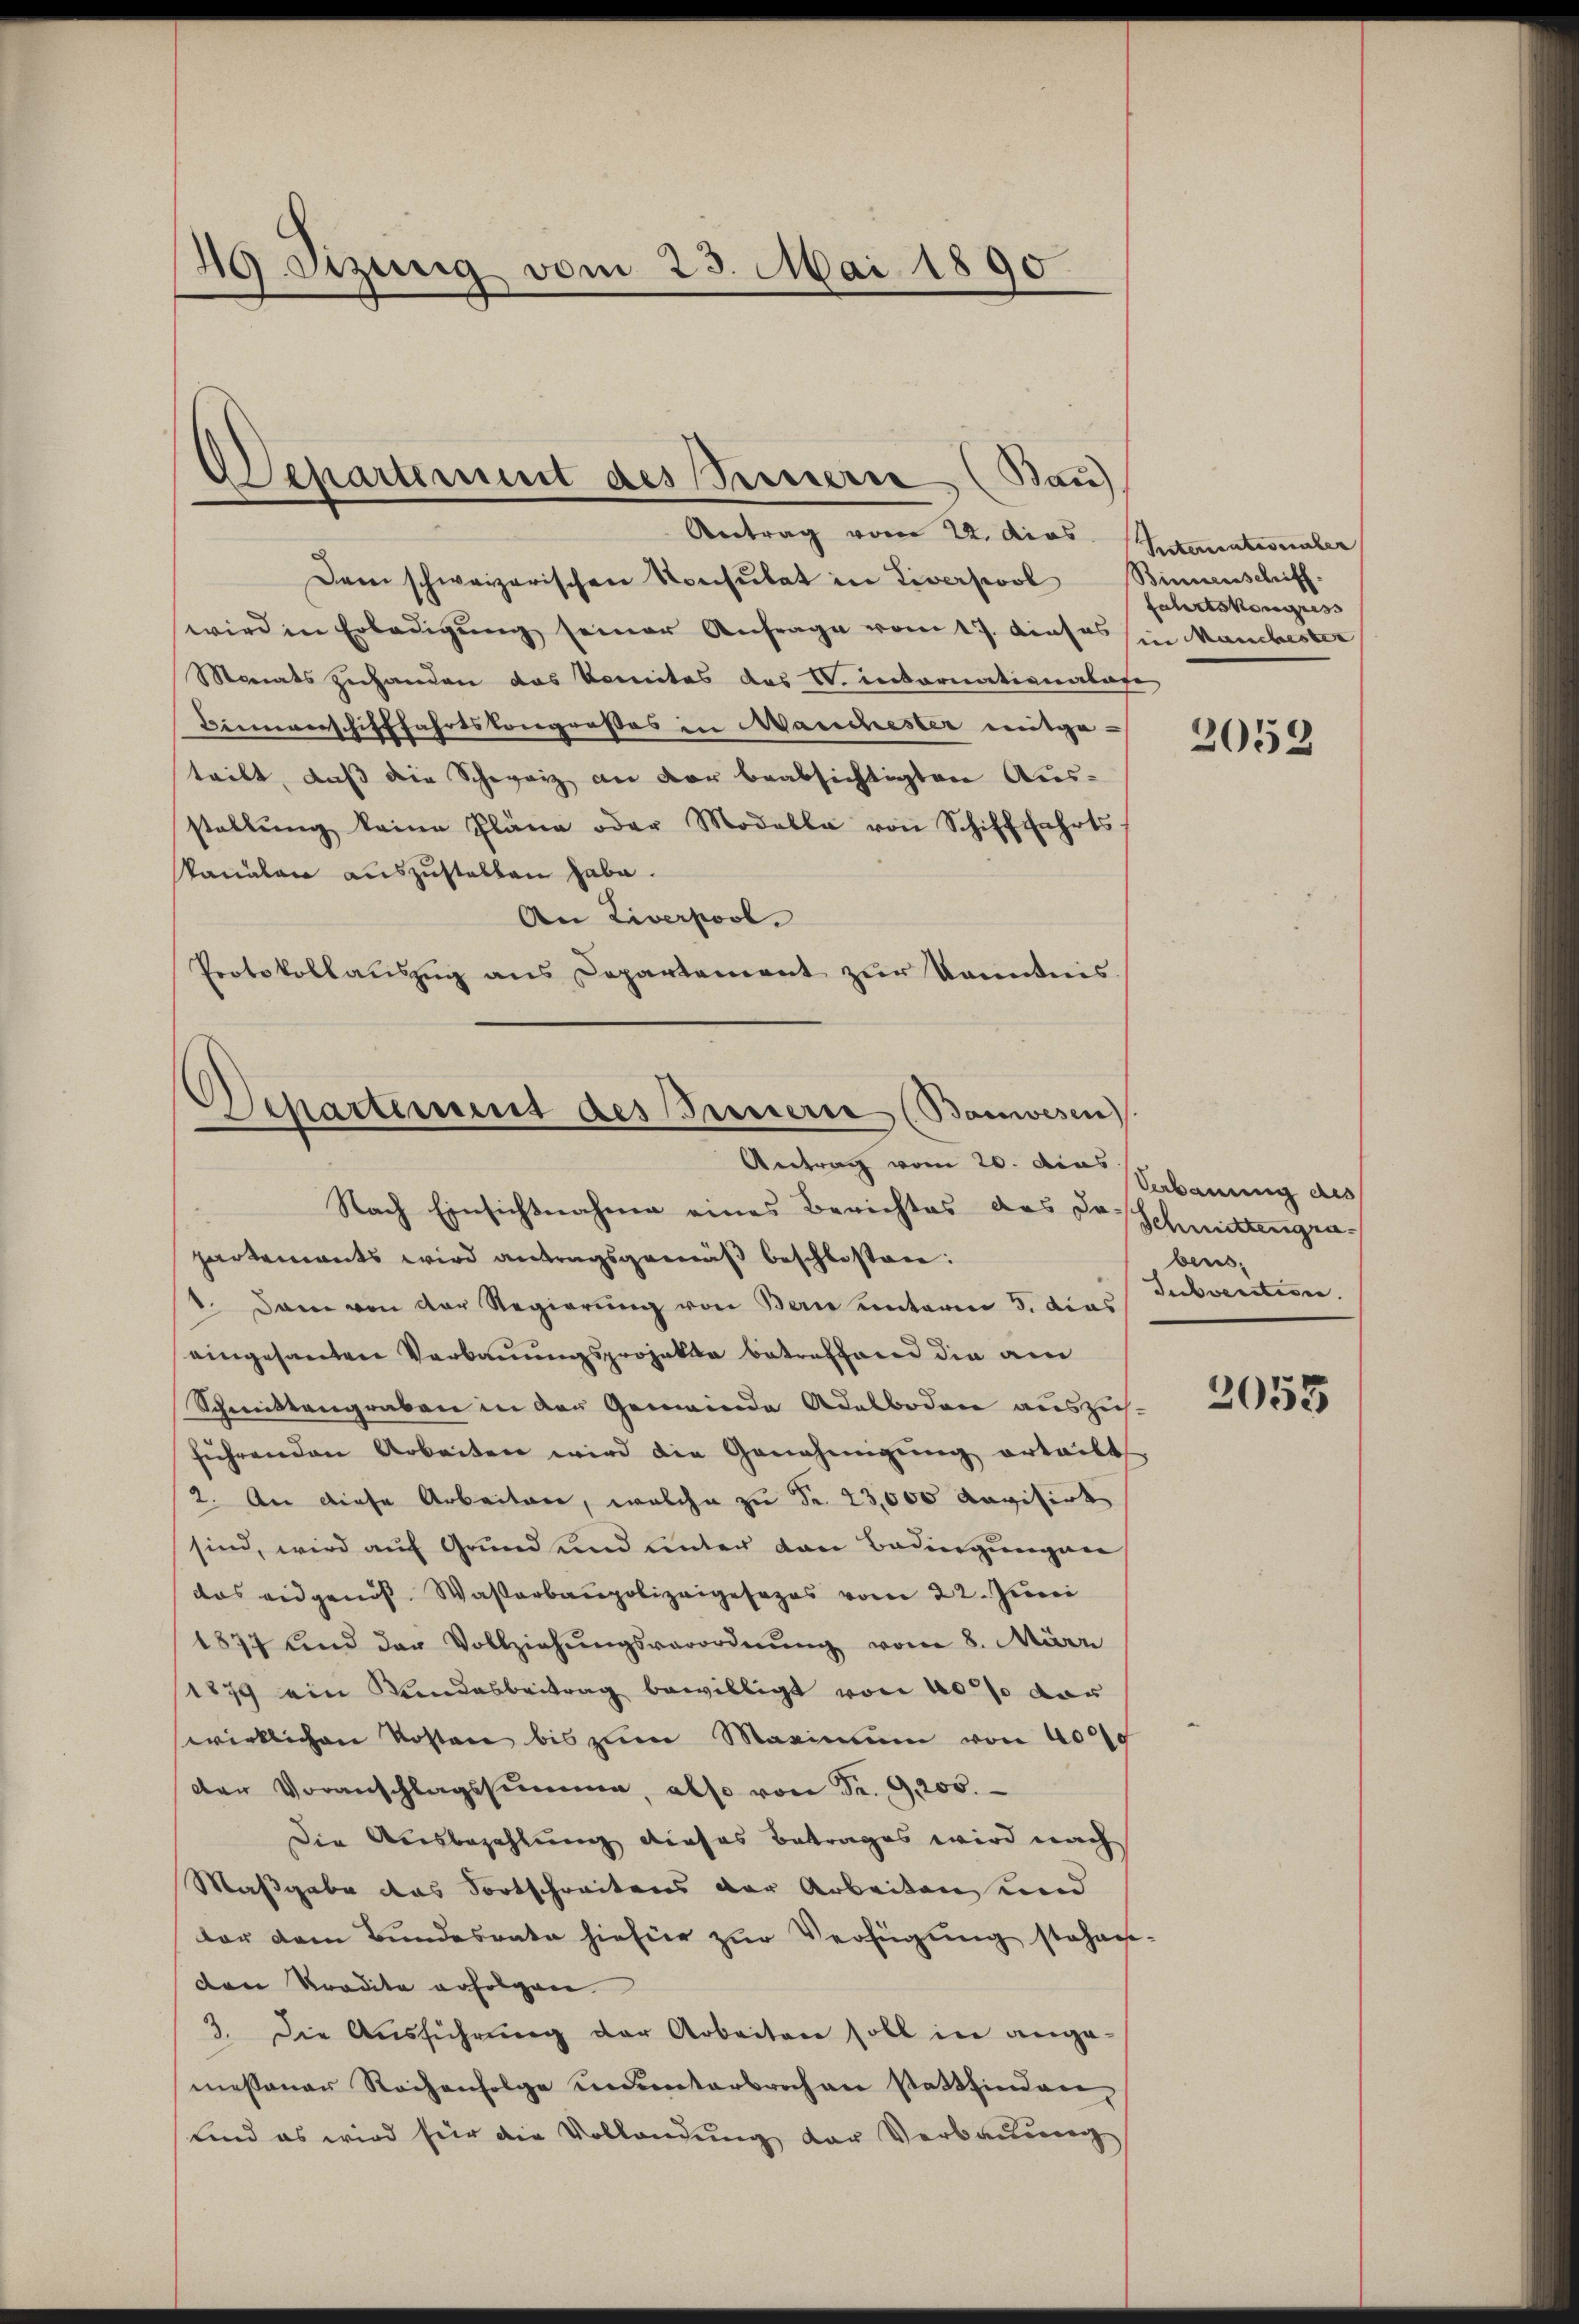
49. Jizung vom 23. Mai 1890

Antrag vom 22. das Stanationaler
Dem schweizerischen Konsulat in Liverpool Binnenschiff-
wird in Erledigung seiner Anfrage vom 17. dieses in Manchester
Monats zuhanden das Komites des V. Rectornationalafe
Binverschifffahrtskongroßes in Manchester mitgetritt, daß die Schweiz an der beabsichtigten Aus-
stellŭng keine Pläne oder Modalla von Schifffahrts-
kanalen auszustellen habe.
An Liverpool.
Protokollaŭszŭg ans Departement zŭr Kenntnis.

Departement des Seinern (Bau

Departement des Innern (Bauwesen
Antrag vom 20. dies

Nach Einsichtnahme eines Berichtes des Doschmittengen
partements wird antragsgemäß beschlossen:
. Dann von der Regierung von Bern unterm 3. dies
eingesanten Verbauungsprojekte betreffend die am
Schmittengraben in den Gemeinde Adalboden auszusführenden Arbeiten wird die Genehmigung erteilt.
2. An diese Arbeiten, welche zu Fr. 23,000 Ravisirt
sind, wird auf Grund und unter den Bedingungen
das eidgenöss. Wasserbaupolizeigesezes vom 22. Juni
1877 und der Vollziehŭngsverordnŭng vom 8. März
1879 ein Landesbeitrag bewilligt von 40 so dar
wirklichen Kosten bis zum Maximum von 4000
der Voranschlagssumme, also von Sr. 9. 200.
Die Ausbezahlung dieses Betrages wird nach
Maßgabe das Fortschreitens der Arbeiten und
dar dem Bundesrate hiefür zŭr Verfügung stehenden Tradita erfolgen
3. Die Ausführung der Arbeiten soll in ange-
mesanar Rochenfolge ununterbrochen stattfinden,
und es wird für die Vollandung der Verbauung

fahrtskongress

2059

Verbauung des
bens,
Subventisen.

2053